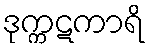
ဒုက္ကဋကာရိ